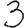
Digit: 3